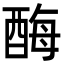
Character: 酶